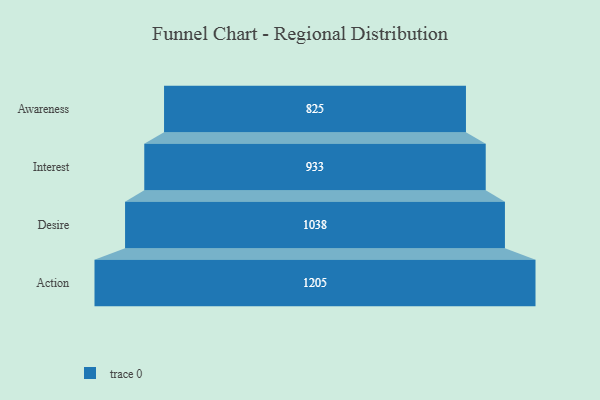
{"axis": {"x": "Stage", "y": "Value"}, "legend": [""], "data": [{"x": "Awareness", "y": 825.0, "type": ""}, {"x": "Interest", "y": 933.0, "type": ""}, {"x": "Desire", "y": 1038.0, "type": ""}, {"x": "Action", "y": 1205.0, "type": ""}]}